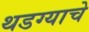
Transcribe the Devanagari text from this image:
थडग्याचे